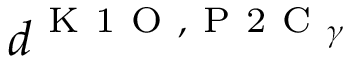
d ^ { \mathrm { ~ K ~ 1 ~ O ~ } , \mathrm { ~ P ~ 2 ~ C ~ } _ { \gamma } }